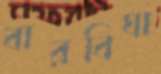
বারবিঘা